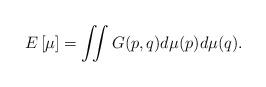
LaTeX: \begin{align*} E \left[\mu \right] = \iint G(p,q)d\mu(p) d\mu(q).\end{align*}